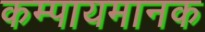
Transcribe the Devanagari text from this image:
कम्पायमानक